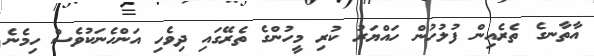
އާތާނގެ ތެރެއިން ފުލުހުން ހައްޔަރު ކުރި މީހުންގެ ތެރޭގައި ދިވެހި އަންހެނަކުވެސް ހިމެނެ